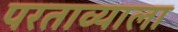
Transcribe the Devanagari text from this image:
परताव्याला